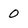
Character: 0